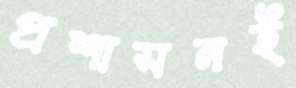
প্রশাসনই